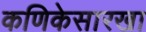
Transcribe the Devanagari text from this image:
कणिकेसारखा